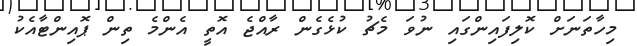
މިހާތަނަށް ކޮލިފައިންގައި ނުވަ މެޗު ކުޅެގެން ރާއްޖެ އޮތީ އެންމެ ތިން ޕޮއިންޓާއެކު